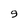
Character: 9